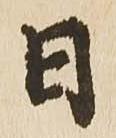
日